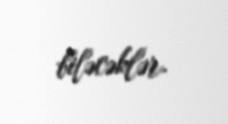
biləcəklər.